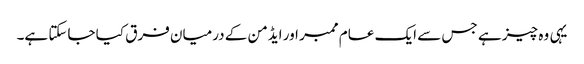
یہی وہ چیز ہے جس سے ایک عام ممبر اور ایڈمن کے درمیان فرق کیا جاسکتا ہے۔